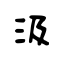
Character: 汲